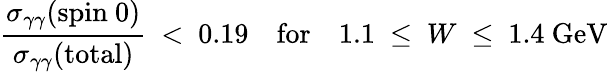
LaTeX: \displaystyle\frac{\sigma_{\gamma\gamma}(\mathrm{spin~0})}{\sigma_{\gamma\gamma}(\mathrm{total})}\ <\ 0.19\quad\mathrm{for}\quad 1.1\ \leq\ W\ \leq\ 1.4\ \mathrm{GeV}